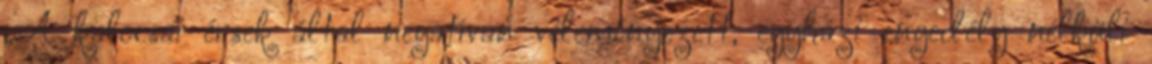
„A kalocsai érsek által negatívan véleményezett, egyházi enge­dély nélküli